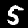
Label: 5